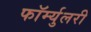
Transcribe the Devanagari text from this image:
फॉर्म्युलरी